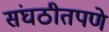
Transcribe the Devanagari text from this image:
संघठीतपणे